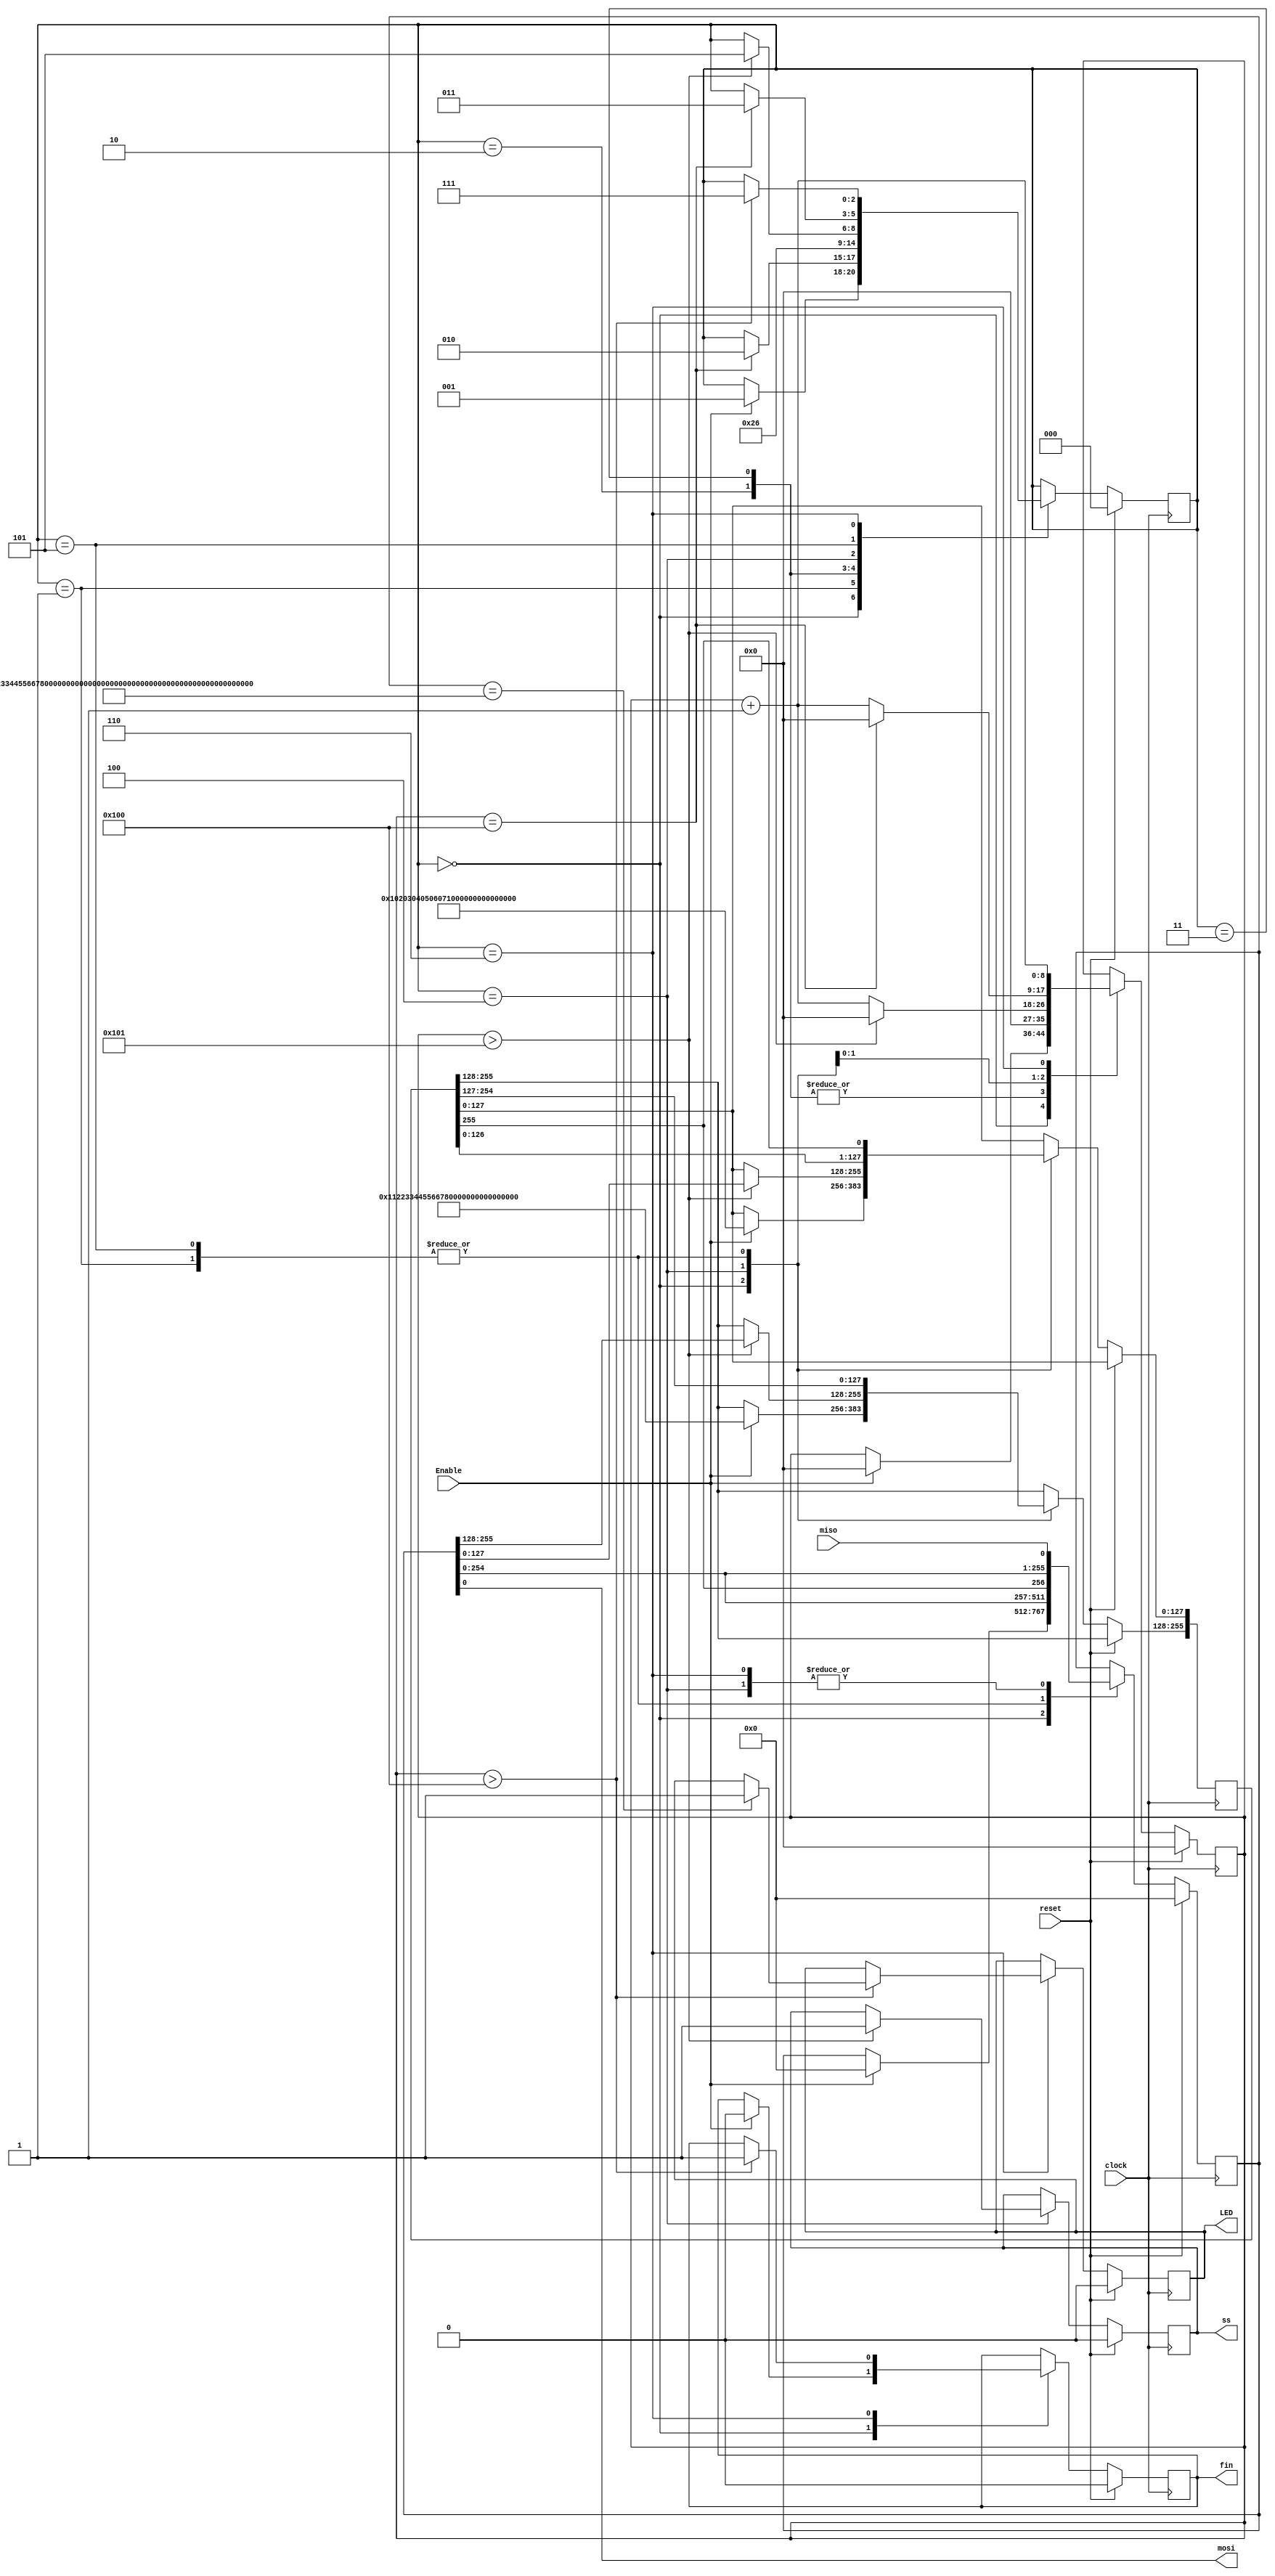
module spi_master_test # (parameter Nk=4'b0100) 
(input Enable,
input wire miso,
input wire reset,
output wire mosi,
output reg LED,
input clock,
output reg ss,
output reg fin
);
reg [127:0] in;
reg[127+32*Nk:0]out;
reg [32*Nk-1:0] key;
reg [127+32*Nk:0] data_out;
reg [127+32*Nk:0] shift_reg;
reg done;
reg [2:0]state;
reg [8:0]bit_count;

//initial begin
//clock=1'b1;
//end
//always begin
//# 10 clock=~clock;
//end
parameter Idle=3'b000;
parameter Send=3'b001;
parameter WaitCipher=3'b010;
parameter WaitDecipher=3'b011;
parameter Receive = 3'b100;
parameter SendToDecryption=3'b101;
parameter ReceiveFromDecryption =3'b110;
parameter finish=3'b111;

initial begin
LED <= 1'b0;


in <=128'h00112233445566778899aabbccddeeff;

if (Nk == 4)
	key <=128'h000102030405060708090a0b0c0d0e0f;
else if (Nk == 6)
	key <=192'h000102030405060708090a0b0c0d0e0f1011121314151617;
else
	key <=256'h000102030405060708090a0b0c0d0e0f101112131415161718191a1b1c1d1e1f;
end

always @(posedge clock) begin
if(reset)begin
	state <= Idle;
        bit_count <= 9'd0;
        shift_reg <= 0;
        ss <= 1'b0;
	done<=1'b0;
	LED <= 1'b0;
	fin<=1'b0;
//??? ????
end
else begin
case (state)
Idle:begin
if (Enable)
begin
	state<=Send;
	data_out[127+32*Nk:32*Nk] <= in;
	data_out[32*Nk-1:0]<=key;
        bit_count <= 9'd0;
        shift_reg <= 0;
		  fin<=1'b0;
end
end
Send : begin
	shift_reg <= {shift_reg[126+32*Nk:0], data_out[127+32*Nk]};
        data_out <= {data_out[126+32*Nk:0], data_out[127+32*Nk]};
        bit_count <= bit_count + 1;

	if (bit_count == 9'd128+32*Nk) begin
//$display("SR %h" , shift_reg);
		state<=WaitCipher;
		bit_count<=9'd0;
	end
end





WaitCipher : begin
	state<=Receive;
	bit_count<=9'd0;
end





WaitDecipher : begin
	state<=ReceiveFromDecryption;
	bit_count<=9'd0;
end




Receive:begin
//$display("bc %h" , bit_count);
shift_reg<={shift_reg[126+32*Nk:0],miso};
bit_count <= bit_count + 1;
if (bit_count > 9'd129+32*Nk) 
begin
//$display("SR %h" , shift_reg);
	data_out <= shift_reg;
        state <= SendToDecryption;
	//done<=1'b1;
        ss<=1'b1;
bit_count <= 9'd0;
        end

end
SendToDecryption:begin
//$display("bc %h" , bit_count);
//data_out<=out;//// the right hand side was    out
//$display("do %h" , data_out);
 shift_reg <= {shift_reg[126+32*Nk:0], data_out[127+32*Nk]};
        data_out <= {data_out[126+32*Nk:0], data_out[127+32*Nk]};
        bit_count <= bit_count + 1;
//ss<=1'b1;
if (bit_count == 9'd128+32*Nk) begin

//$display("SR %h" , shift_reg);
          state <= WaitDecipher;//edited (it was waitdecryption)
          bit_count <= 9'd0;
       
end
end

ReceiveFromDecryption:begin

shift_reg<={shift_reg[126+32 * Nk:0],miso};
bit_count <= bit_count + 1;
if (bit_count > 9'd128+32*Nk) 
begin
//$display("SR %h" , shift_reg);
//$display ("in = %h   key = %h" , in, key);
        //state <= Idle;//to be checked
	if (shift_reg == {in, key})
	begin
	//$display("SRR %h" , shift_reg);
	//$display ("in = %h   key = %h" , in, key);
		LED <= 1'b1;
	end
	fin<=1'b1;
	state <= finish;
	//done<=1'b1;
        //ss<=1'b1;
end
end
finish:
begin

end
endcase
end
end
always @(posedge clock) begin
  if (reset) begin
   out <= 0;
  end else begin
    if (done) begin
    out <= shift_reg[127+32*Nk:0] ;//shift_reg[127+32*Nk:0]           it was that
    end
	 
  end
end
assign mosi = shift_reg[0];

endmodule